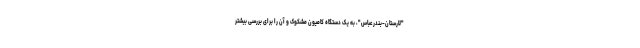
"لارستان-بندرعباس"، به یک دستگاه کامیون مشکوک و آن را برای بررسی بیشتر